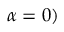
\alpha = 0 )